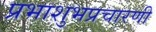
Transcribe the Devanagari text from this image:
प्रभाशुभप्रचारणी